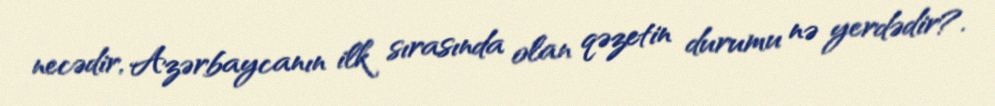
necədir, Azərbaycanın ilk sırasında olan qəzetin durumu nə yerdədir?.